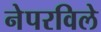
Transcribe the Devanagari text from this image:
नेपरविले